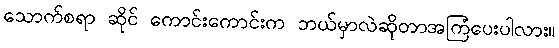
သောက်စရာ ဆိုင် ကောင်းကောင်းက ဘယ်မှာလဲဆိုတာအကြံပေးပါလား။